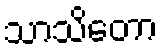
သာသိတော